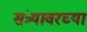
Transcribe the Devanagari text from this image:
संत्र्यावरच्या